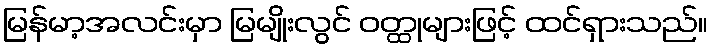
မြန်မာ့အလင်းမှာ မြမျိုးလွင် ဝတ္ထုများဖြင့် ထင်ရှားသည်။